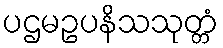
ပဌမဥပနိသသုတ္တံ